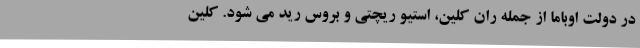
در دولت اوباما از جمله ران کلین، استیو ریچتی و بروس رید می شود. کلین